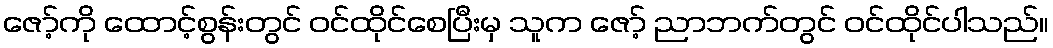
ဇော့်ကို ထောင့်စွန်းတွင် ဝင်ထိုင်စေပြီးမှ သူက ဇော့် ညာဘက်တွင် ဝင်ထိုင်ပါသည်။